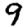
Digit: 9